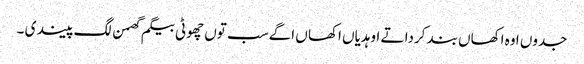
جدوں اوہ اکھاں بند کردا تے اوہدیاں اکھا ں اگے سب توں چھوٹی بیگم گھمن لگ پیندی ۔